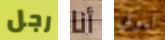
رجل أنا ليوني